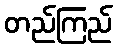
တည်ကြည်